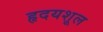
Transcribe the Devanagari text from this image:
हृदयशूल